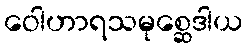
ဝေါဟာရသမုစ္ဆေဒါယ